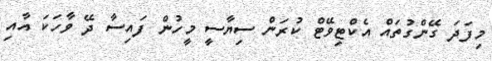
މިފަދަ ގޭންގުތައް އެކްޓިވޭޓް ކުރަން ސިޔާސީ މީހުން ފައިސާ ދޭ ވާހަކަ އާއި